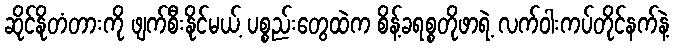
ဆိုင်နိုတံတားကို ဖျက်စီးနိုင်မယ့် ပစ္စည်းတွေထဲက စိန့်ခရစ္စတိုဖာရဲ့ လက်ဝါးကပ်တိုင်နက်နဲ့